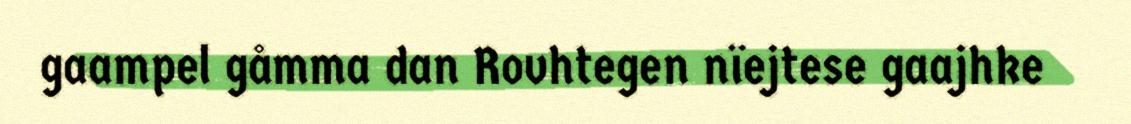
gaampel gåmma dan Rovhtegen nïejtese gaajhke